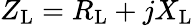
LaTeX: Z_{\mathrm{L}}=R_{\mathrm{L}}+jX_{\mathrm{L}}